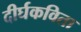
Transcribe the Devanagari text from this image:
दीर्घकविता